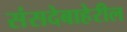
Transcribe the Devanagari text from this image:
संसदेबाहेरील